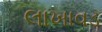
લાખાવડ